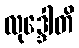
လုဒ္ဒေါတိ